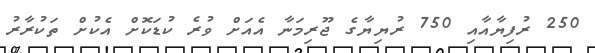
250 ރުފިޔާއާއި 750 ރުޔިޔާގެ ޖޫރިމަނާ އެއަށް ވުރެ ކުޑަކޮށް އެކުށް ތަކުރާރު